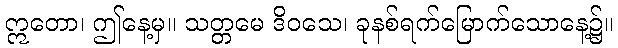
ဣတော၊ ဤနေ့မှ။ သတ္တမေ ဒိဝသေ၊ ခုနစ်ရက်မြောက်သောနေ့၌။